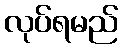
လုပ်ရမည်